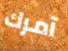
آمرك